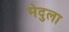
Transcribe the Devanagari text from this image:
मेदुला